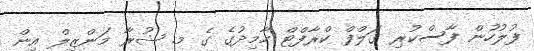
ފުލުހުން ފާސްކުރި ގަލްފް ކްރާފްޓް ހާމިދުގެ ގެ މ. ޝުރާ މަންޒިލް އިން